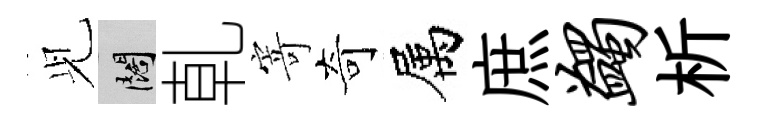
𫤗闊乹寄奇属庶蠲析